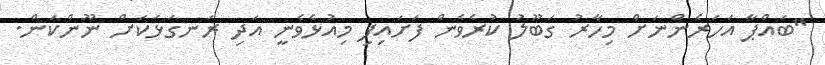
"ބައްޕާ އަހަރެންނަށް މިހާރު ގަބޫލު ކުރެވެން ފަށައިފި މިއުޅެވެނީ އަދި ރަނގަޅަކަށް ނޫންކަން.